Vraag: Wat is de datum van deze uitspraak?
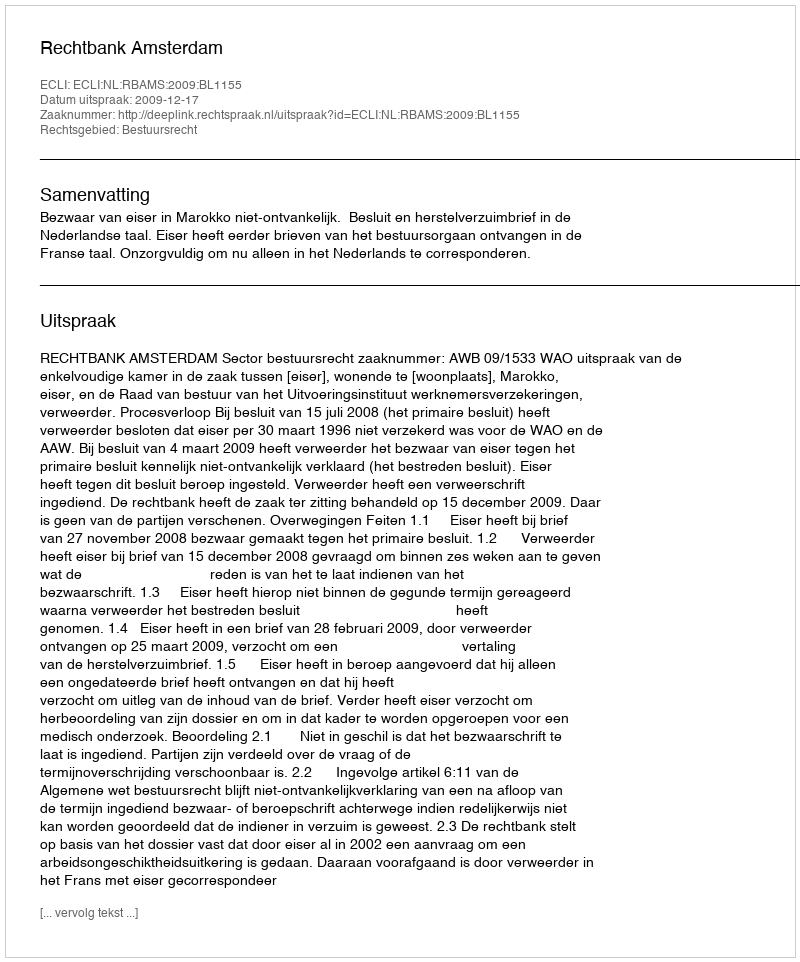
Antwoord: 2009-12-17